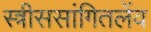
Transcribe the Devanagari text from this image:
स्त्रीससांगितलेंव